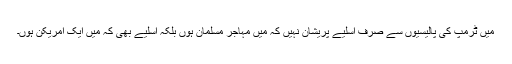
میں ٹرمپ کی پالیسیوں سے صرف اسلیے پریشان نہیں کہ میں مہاجر مسلمان ہوں بلکہ اسلیے بھی کہ میں ایک امریکن ہوں۔